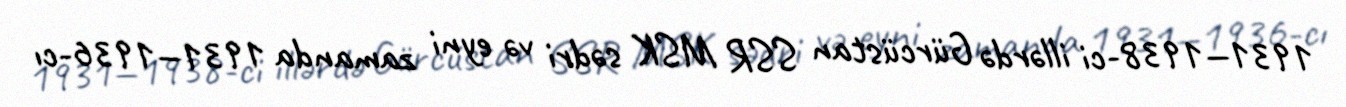
1931—1938-ci illərdə Gürcüstan SSR MSK sədri və eyni zamanda 1931—1936-cı